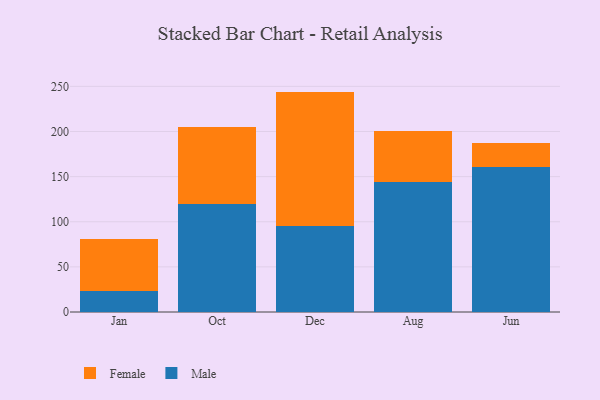
{"axis": {"x": "Month", "y": "Waste Production (Tons)"}, "legend": ["Female", "Male"], "data": [{"x": "Jan", "y": 23.0, "type": "Male"}, {"x": "Jan", "y": 57.4, "type": "Female"}, {"x": "Oct", "y": 120.1, "type": "Male"}, {"x": "Oct", "y": 84.9, "type": "Female"}, {"x": "Dec", "y": 95.7, "type": "Male"}, {"x": "Dec", "y": 148.5, "type": "Female"}, {"x": "Aug", "y": 143.9, "type": "Male"}, {"x": "Aug", "y": 56.6, "type": "Female"}, {"x": "Jun", "y": 161.0, "type": "Male"}, {"x": "Jun", "y": 26.5, "type": "Female"}]}